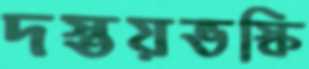
দস্তয়ভস্কি